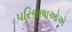
પરિભાષાઓએ